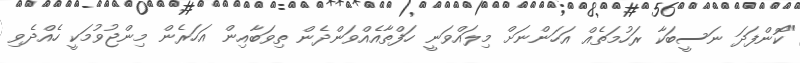
"ކޮންފަދަ ނަސީބަކާ ރަހުމަތެއް އަހަންނަށް މިލައްވަނީ ހަފްތާއެއްވަންދެން ތިވަބާއިން އަހަރެން މިންޖުވުމަކީ ހެއްދެވި